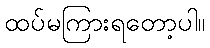
ထပ်မကြားရတော့ပါ။